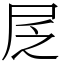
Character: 㞏